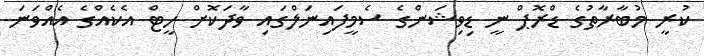
ކުރީ މުބާރާތުގެ ޑްރޮޕް ނީ ޑިވިޝަންގެ ސެމީފައިނަލްގައި ވާދަކޮށް ހީޓް އެކެއްގެ އެއްވަނަ